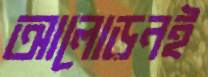
আলোড়নই